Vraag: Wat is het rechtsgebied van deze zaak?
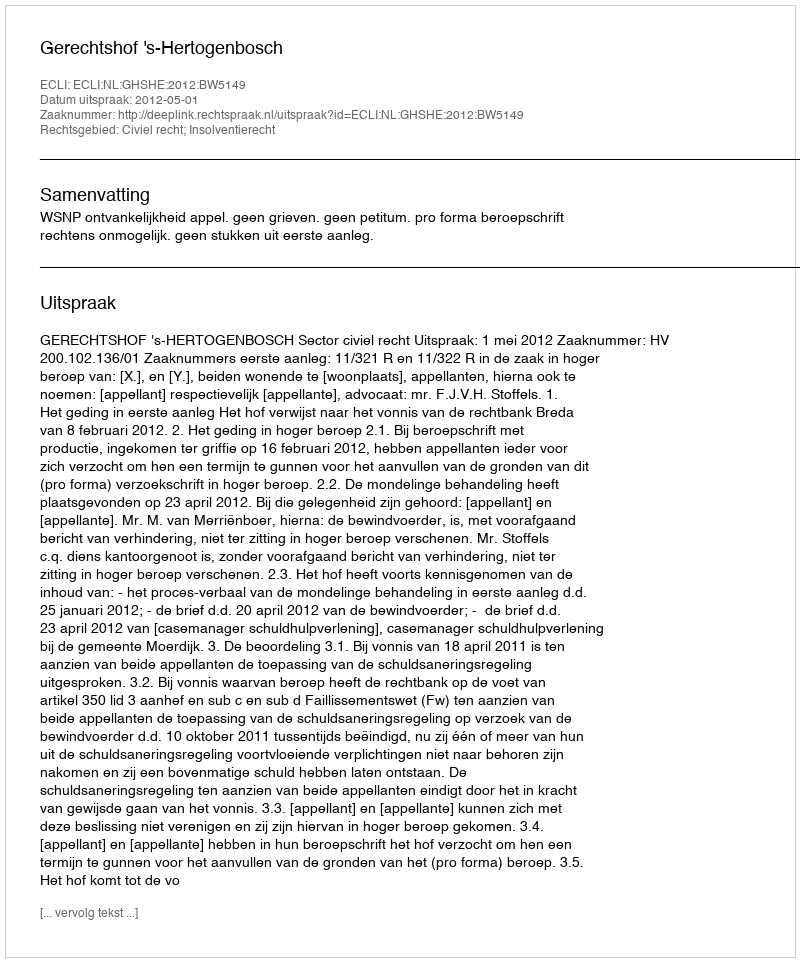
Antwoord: Civiel recht; Insolventierecht